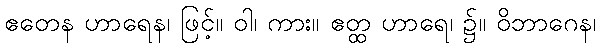
ဧတေန ဟာရေန၊ ဖြင့်။ ဝါ၊ ကား။ ဧတ္ထ ဟာရေ၊ ၌။ ဝိဘာဂေန၊